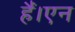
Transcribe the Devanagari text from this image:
हैं।एन